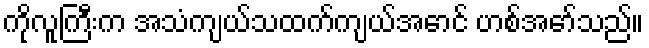
ကိုလူကြီးက အသံကျယ်သထက်ကျယ်အောင် ဟစ်အော်သည်။